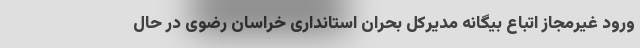
ورود غیرمجاز اتباع بیگانه مدیرکل بحران استانداری خراسان رضوی در حال